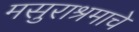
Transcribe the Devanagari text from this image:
मसुराश्रमाचे